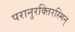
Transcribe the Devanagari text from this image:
परानुरक्तिरस्मिन्‌